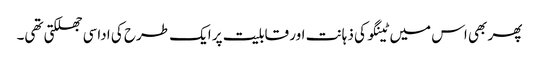
پھر بھی اس میں ٹینگو کی ذہانت اور قابلیت پر ایک طرح کی اداسی جھلکتی تھی۔